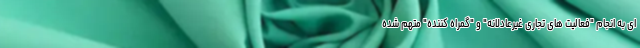
ای به انجام "فعالیت های تجاری غیرعادلانه" و "گمراه کننده" متهم شده